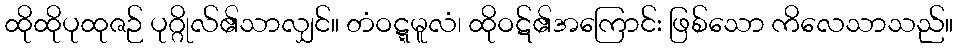
ထိုထိုပုထုဇဉ် ပုဂ္ဂိုလ်၏သာလျှင်။ တံဝဋ္ဋမူလံ၊ ထိုဝဋ်၏အကြောင်း ဖြစ်သော ကိလေသာသည်။